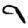
Digit: 9